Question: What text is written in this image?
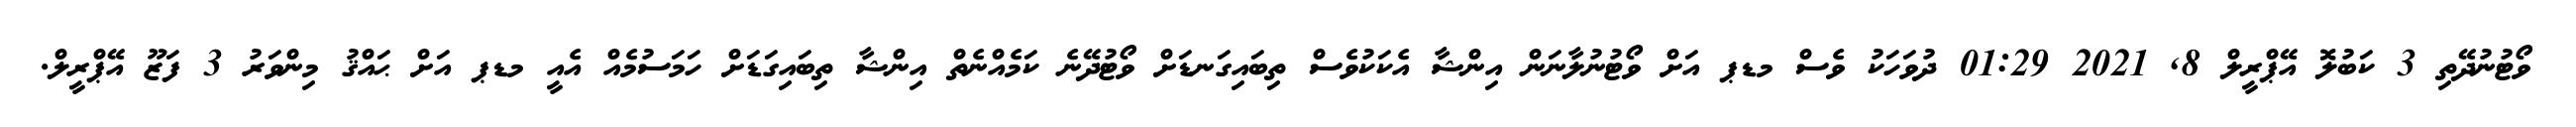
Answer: ވޯޓުނުދޭތި 3 ކަބުލޮ އޭޕްރީލް 8, 2021 01:29 ދުވަހަކު ވެސް މޑޕ އަށް ވޯޓުނުލާނަން އިންޝާ އެކަކުވެސް ތިބައިގަނޑަށް ވޯޓުދޭނެ ކަމެއްނެތް އިންޝާ ތިބައިގަޑަށް ހަމަސުމެއް އެއީ މޑޕ އަށް ޙައްޤު މިންވަރު 3 ފަޒޫ އޭޕްރީލް.